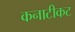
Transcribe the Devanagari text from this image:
कनाटीकट